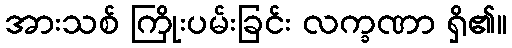
အားသစ် ကြိုးပမ်းခြင်း လက္ခဏာ ရှိ၏။